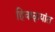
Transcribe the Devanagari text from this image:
हिवाळ्यांत